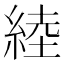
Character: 𦁪